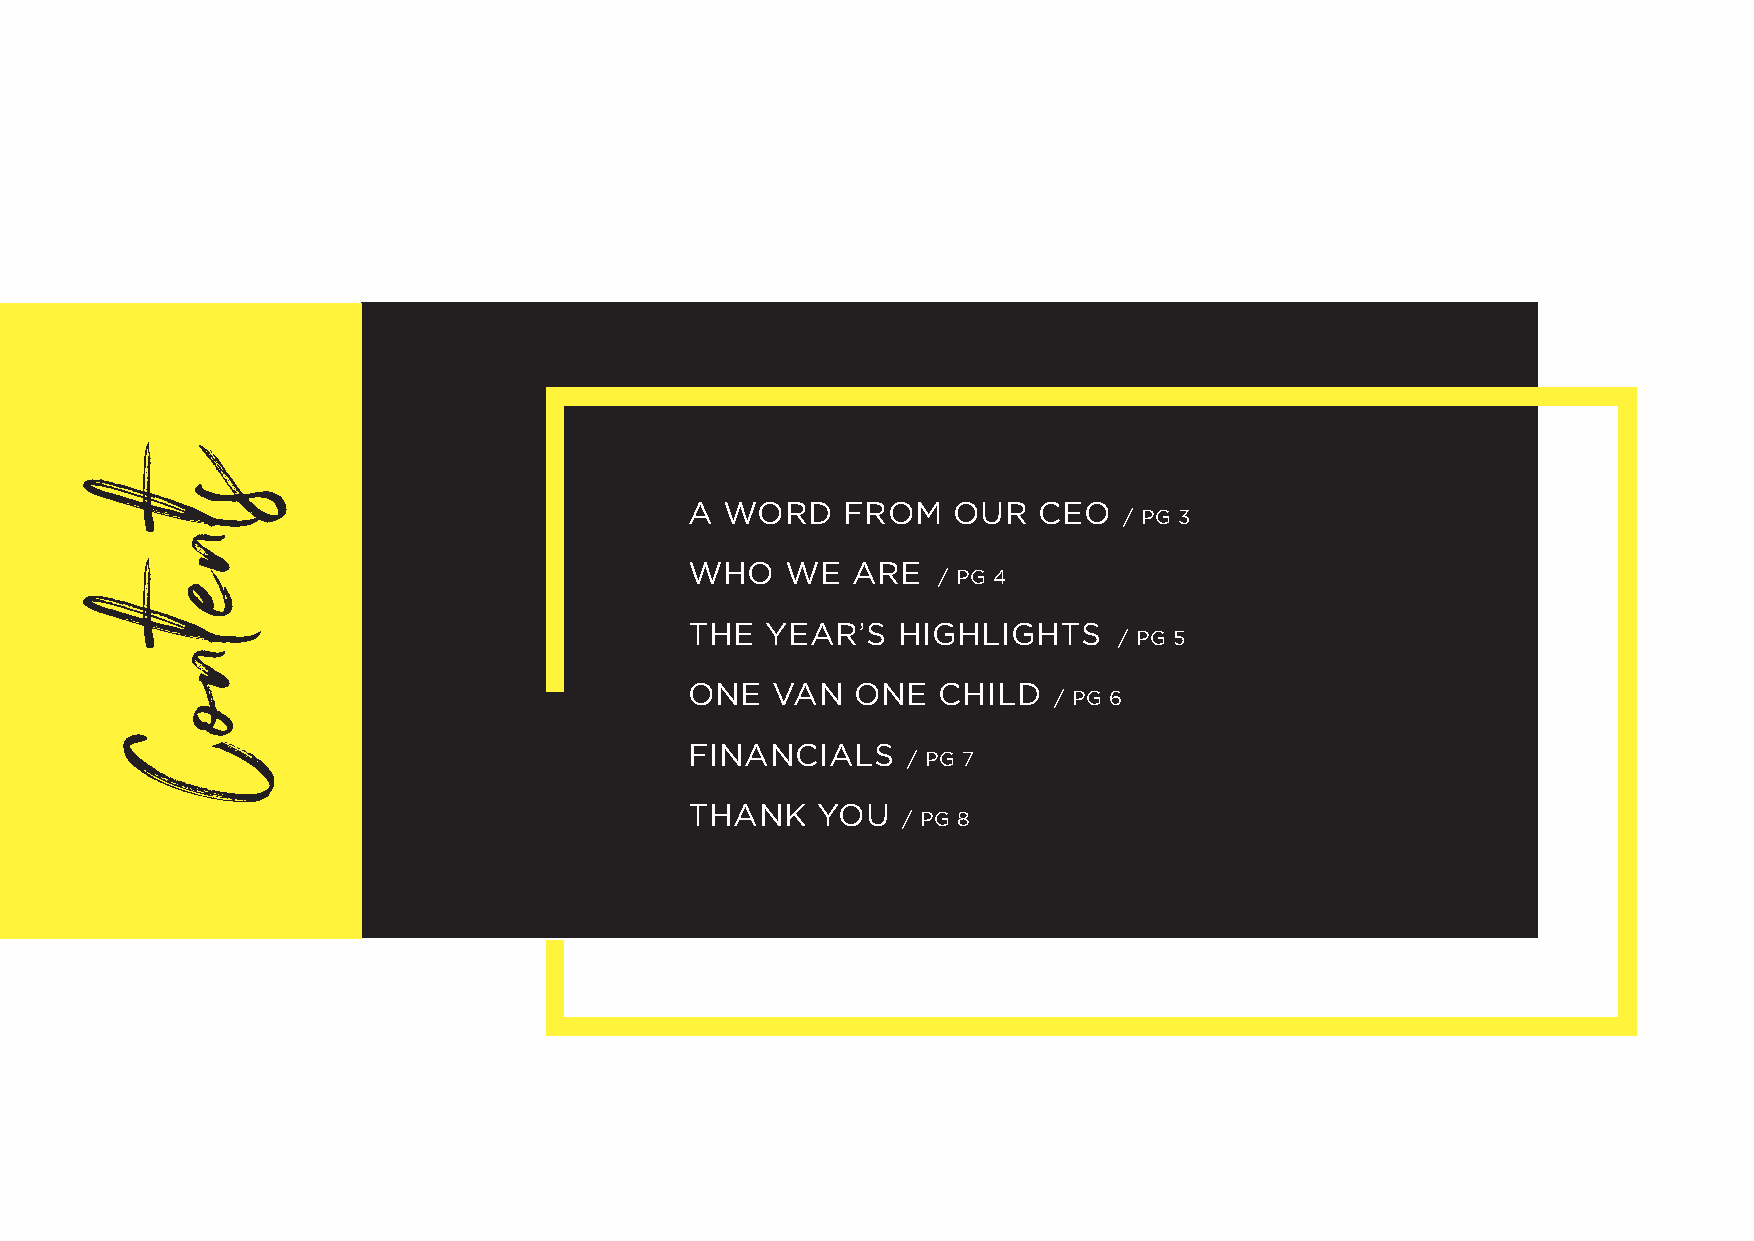
A WORD    FROM   OUR   CEO
 / PG 3
 WHO   WE  ARE
 / PG 4
 THE  YEAR’S  HIGHLIGHTS
 / PG 5
 ONE  VAN   ONE  CHILD
 / PG 6
 FINANCIALS
 / PG 7
 THANK   YOU
 / PG 8
 stnetnoC